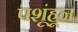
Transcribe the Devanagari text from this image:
पशूंहून